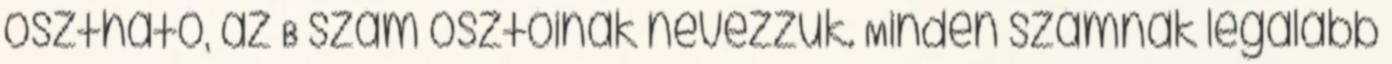
osztható, az B szám osztóinak nevezzük. Minden számnak legalább